Bombay plague: being a history of the progress of plague in the Bombay presidency from September 1896 to June 1899
Year: 1896
Disease focus: Plague
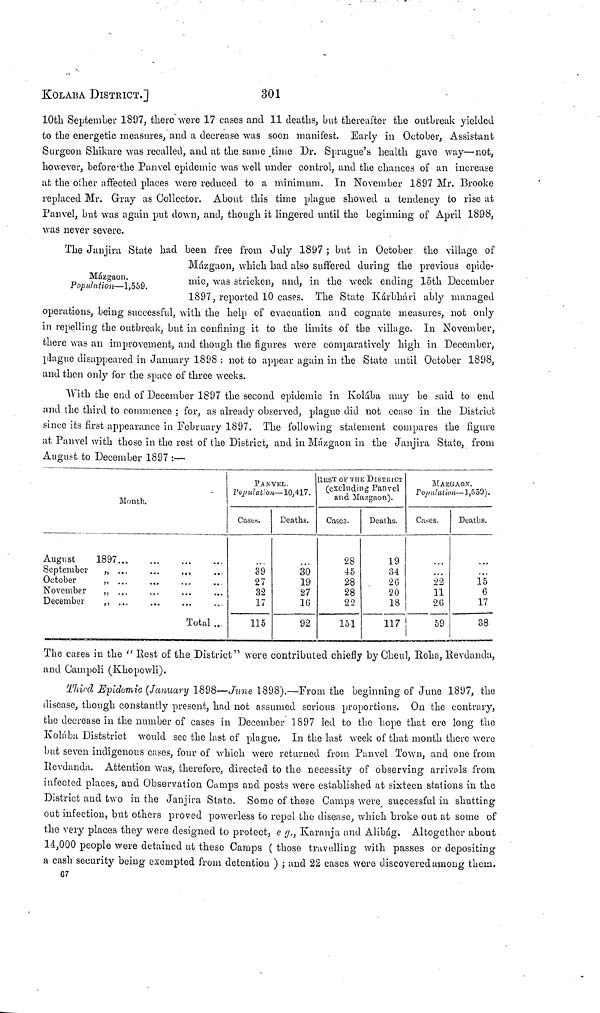
KOLABA DISTRICT.]
301
10th September 1897, there were 17 cases and 11 deaths, but thereafter the outbreak yielded
to the energetic measures, and a decrease was soon manifest. Early in October, Assistant
Surgeon Shikare was recalled, and at the same time Dr. Sprague's health gave way—not,
however, before the Panvel epidemic was well under control, and the chances of an increase
at the other affected places were reduced to a minimum. In November 1897 Mr. Brooke
replaced Mr. Gray as Collector. About this time plague showed a tendency to rise at
Panvel, but was again put down, and, though it lingered until the beginning of April 1898,
was never severe.
Mázgaon.
Population—1,559.
The Janjira State had been free from July 1897 ; but in October the village of
Mázgaon, which had also suffered during the previous epide-
mic, was stricken, and, in the week ending loth December
1897, reported 10 cases. The State Kárbhári ably managed
operations, being successful, with the help of evacuation and cognate measures, not only
in repelling the outbreak, but in confining it to the limits of the village. In November,
there was an improvement, and though the figures were comparatively high in December,
plague disappeared in January 1898 : not to appear again in the State until October 1898,
and then only for the space of three weeks.
With the end of December 1897 the second epidemic in Kolába may be said to end
and the third to commence ; for, as already observed, plague did not cease in the District
since its first appearance in February 1897. The following statement compares the figure
at Panvel with those in the rest of the District, and in Mázgaon in the Janjira State, from
August to December 1897 :—
Month.
August
1897
...
...
...
...
September " ... ... ... ...
October " ... ... ... ...
November " ... ... ... ...
December " ... ... ... ...
Total ...
PANVEL.
Population—10,417.
Cases.
39
27
32
17
115
Deaths.
30
19
27
16
92
REST OF THE DISTRICT
(excluding Panvel
and Mazgaon).
Cases.
28
45
28
28
22
151
Deaths.
19
34
26
20
18
117
MAZGAON.
Population—1,559).
Cases.
22
11
2G
59
Deaths.
15
6
17
38
The cases in the "Rest of the District" were contributed chiefly by Cheul, Roha, Revdanda,
and Campoli (Khopowli).
Third Epidemic (January 1898—June 1898).—From the beginning of June 1897, the
disease, though constantly present, had not assumed serious proportions. On the contrary,
the decrease in the number of cases in December 1897 led to the hope that ere long the
Kolába Diststrict would see the last of plague. In the last week of that month there were
but seven indigenous cases, four of which were returned from Panvel Town, and one from
Revdanda. Attention was, therefore, directed to the necessity of observing arrivals from
infected places, and Observation Camps and posts were established at sixteen stations in the
District and two in the Janjira State. Some of these Camps were successful in shutting
out infection, but others proved powerless to repel the disease, which broke out at some of
the very places they were designed to protect, e g., Karanja and Alibág. Altogether about
14,000 people were detained at these Camps ( those travelling with passes or depositing
a cash security being exempted from detention ) ; and 22 cases were discovered among them.
67